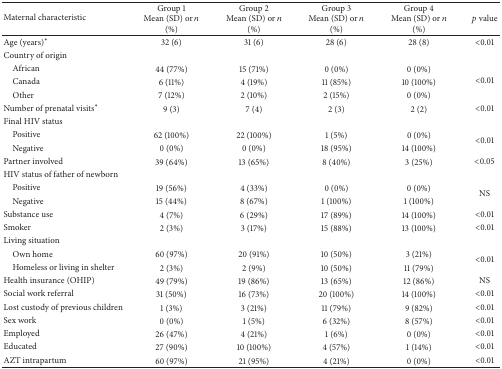
<table><thead><tr><td><b>Maternal characteristic</b></td><td><b>Group 1Mean (SD) or <i>n</i> (%)</b></td><td><b>Group 2Mean (SD) or <i>n</i> (%)</b></td><td><b>Group 3Mean (SD) or <i>n</i> (%)</b></td><td><b>Group 4Mean (SD) or <i>n</i> (%)</b></td><td><b><i>p</i> value</b></td></tr></thead><tbody><tr><td>Age (years)<sup><i>∗</i></sup></td><td>32 (6)</td><td>31 (6)</td><td>28 (6)</td><td>28 (8)</td><td>&lt;0.01</td></tr><tr><td>Country of origin</td><td> </td><td> </td><td> </td><td> </td><td> </td></tr><tr><td> African</td><td>44 (77%)</td><td>15 (71%)</td><td>0 (0%)</td><td>0 (0%)</td><td rowspan="3">&lt;0.01</td></tr><tr><td> Canada</td><td>6 (11%)</td><td>4 (19%)</td><td>11 (85%)</td><td>10 (100%)</td></tr><tr><td> Other</td><td>7 (12%)</td><td>2 (10%)</td><td>2 (15%)</td><td>0 (0%)</td></tr><tr><td>Number of prenatal visits<sup><i>∗</i></sup></td><td>9 (3)</td><td>7 (4)</td><td>2 (3)</td><td>2 (2)</td><td>&lt;0.01</td></tr><tr><td>Final HIV status</td><td> </td><td> </td><td> </td><td> </td><td> </td></tr><tr><td> Positive</td><td>62 (100%)</td><td>22 (100%)</td><td>1 (5%)</td><td>0 (0%)</td><td rowspan="2">&lt;0.01</td></tr><tr><td> Negative</td><td>0 (0%)</td><td>0 (0%)</td><td>18 (95%)</td><td>14 (100%)</td></tr><tr><td>Partner involved</td><td>39 (64%)</td><td>13 (65%)</td><td>8 (40%)</td><td>3 (25%)</td><td>&lt;0.05</td></tr><tr><td>HIV status of father of newborn</td><td> </td><td> </td><td> </td><td> </td><td> </td></tr><tr><td> Positive</td><td>19 (56%)</td><td>4 (33%)</td><td>0 (0%)</td><td>0 (0%)</td><td rowspan="2">NS</td></tr><tr><td> Negative</td><td>15 (44%)</td><td>8 (67%)</td><td>1 (100%)</td><td>1 (100%)</td></tr><tr><td>Substance use</td><td>4 (7%)</td><td>6 (29%)</td><td>17 (89%)</td><td>14 (100%)</td><td>&lt;0.01</td></tr><tr><td>Smoker</td><td>2 (3%)</td><td>3 (17%)</td><td>15 (88%)</td><td>13 (100%)</td><td>&lt;0.01</td></tr><tr><td>Living situation</td><td> </td><td> </td><td> </td><td> </td><td> </td></tr><tr><td> Own home</td><td>60 (97%)</td><td>20 (91%)</td><td>10 (50%)</td><td>3 (21%)</td><td rowspan="2">&lt;0.01</td></tr><tr><td> Homeless or living in shelter</td><td>2 (3%)</td><td>2 (9%)</td><td>10 (50%)</td><td>11 (79%)</td></tr><tr><td>Health insurance (OHIP)</td><td>49 (79%)</td><td>19 (86%)</td><td>13 (65%)</td><td>12 (86%)</td><td>NS</td></tr><tr><td>Social work referral</td><td>31 (50%)</td><td>16 (73%)</td><td>20 (100%)</td><td>14 (100%)</td><td>&lt;0.01</td></tr><tr><td>Lost custody of previous children</td><td>1 (3%)</td><td>3 (21%)</td><td>11 (79%)</td><td>9 (82%)</td><td>&lt;0.01</td></tr><tr><td>Sex work</td><td>0 (0%)</td><td>1 (5%)</td><td>6 (32%)</td><td>8 (57%)</td><td>&lt;0.01</td></tr><tr><td>Employed</td><td>26 (47%)</td><td>4 (21%)</td><td>1 (6%)</td><td>0 (0%)</td><td>&lt;0.01</td></tr><tr><td>Educated</td><td>27 (90%)</td><td>10 (100%)</td><td>4 (57%)</td><td>1 (14%)</td><td>&lt;0.01</td></tr><tr><td>AZT intrapartum</td><td>60 (97%)</td><td>21 (95%)</td><td>4 (21%)</td><td>0 (0%)</td><td>&lt;0.01</td></tr></tbody></table>